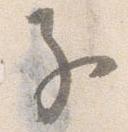
子